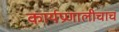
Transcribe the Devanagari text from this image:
कार्यप्रणालीचाच